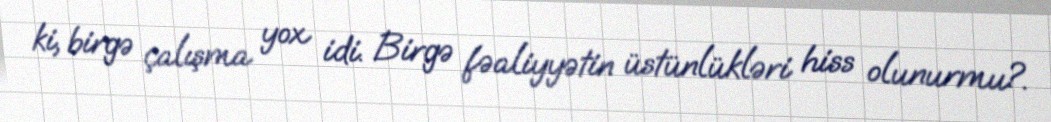
ki, birgə çalışma yox idi. Birgə fəaliyyətin üstünlükləri hiss olunurmu?.